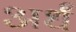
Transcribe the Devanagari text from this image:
अर्धं